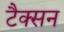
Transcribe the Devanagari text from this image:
टैक्सन